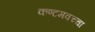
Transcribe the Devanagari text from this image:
कण्टमवच्चा